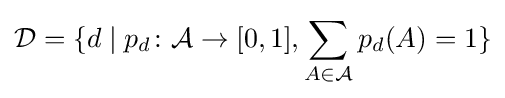
{\mathcal {D}}=\{d\mid p_{d}\colon {\mathcal {A}}\to [0,1],\sum _{A\in {\mathcal {A}}}p_{d}(A)=1\}